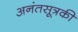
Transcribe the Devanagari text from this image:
अनंतसूत्रकी